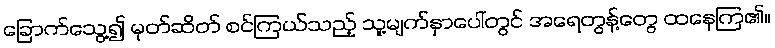
ခြောက်သွေ့၍ မုတ်ဆိတ် စင်ကြယ်သည့် သူ့မျက်နှာပေါ်တွင် အရေတွန့်တွေ ထနေကြ၏။